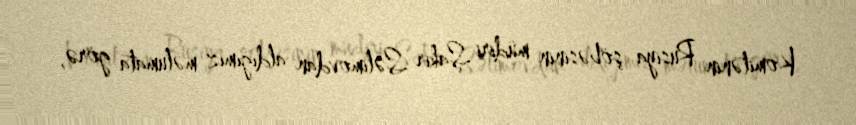
Komitənin Rusiya şöbəsinin müdiri Şakir Səlimovdan aldığımız məlumata görə,